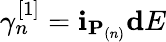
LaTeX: \gamma_{n}^{[1]}=\mathbf{i}_{\mathbf{{P}}_{(n)}}\mathbf{{d}}E